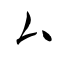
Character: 厶